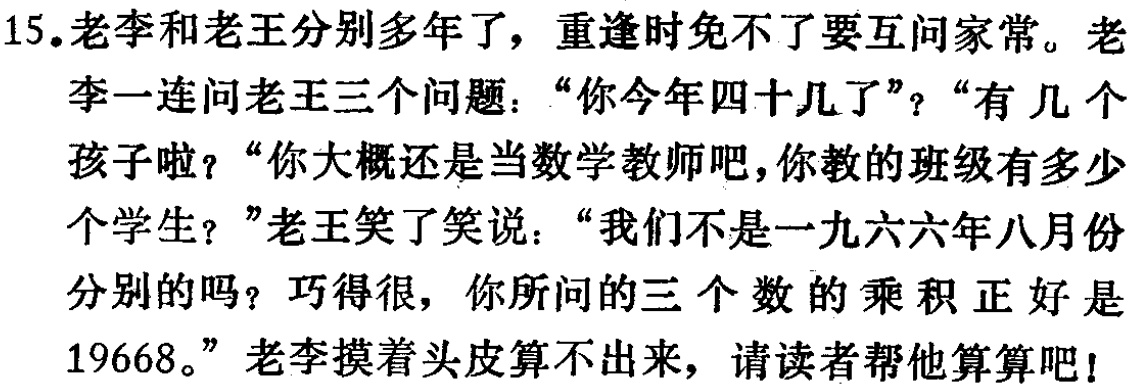
15.老李和老王分别多年了，重逢时免不了要互问家常。老李一连问老王三个问题：“你今年四十几了”？“有几个孩子啦？“你大概还是当数学教师吧，你教的班级有多少个学生？”老王笑了笑说：“我们不是一九六六年八月份分别的吗？巧得很，你所问的三个数的乘积正好是19668。”老李摸着头皮算不出来，请读者帮他算算吧！